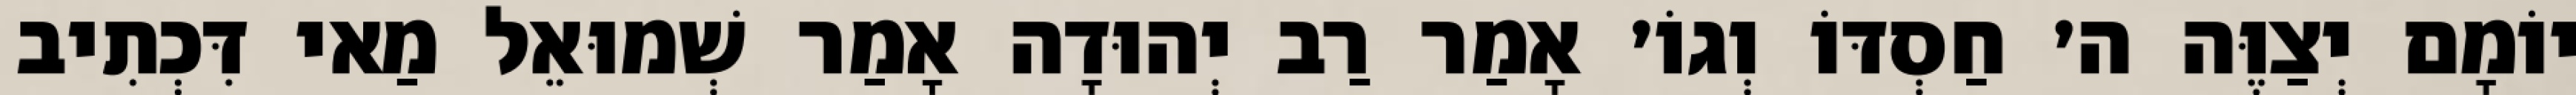
יוֹמָם יְצַוֶּה ה׳ חַסְדּוֹ וְגוֹ׳ אָמַר רַב יְהוּדָה אָמַר שְׁמוּאֵל מַאי דִּכְתִיב